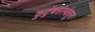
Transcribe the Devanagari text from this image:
कुटुंबसंस्थेतून